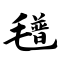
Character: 氆